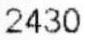
2430